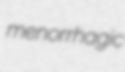
menorrhagic